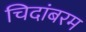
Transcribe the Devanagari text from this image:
चिदांबरम